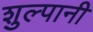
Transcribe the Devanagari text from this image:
शुल्पानी